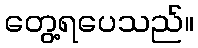
တွေ့ရပေသည်။